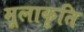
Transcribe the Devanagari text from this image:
मूलाकृति